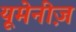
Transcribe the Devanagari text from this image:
यूमेनीज़